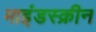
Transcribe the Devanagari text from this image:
माइंडस्क्रीन